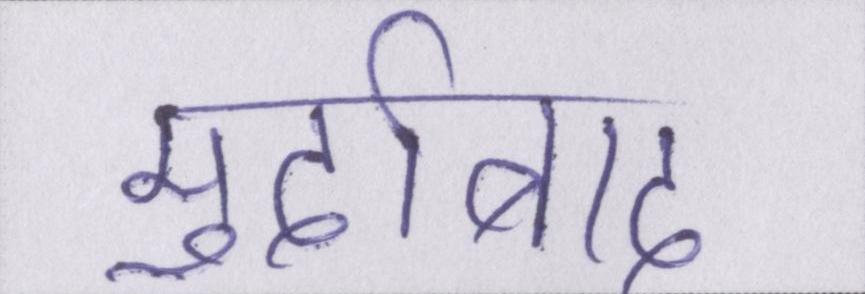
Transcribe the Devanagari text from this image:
मुर्दाबाद